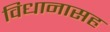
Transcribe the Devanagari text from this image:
विधानासह